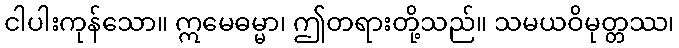
ငါပါးကုန်သော။ ဣမေဓမ္မာ၊ ဤတရားတို့သည်။ သမယဝိမုတ္တဿ၊